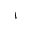
V